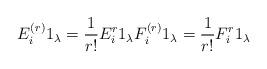
LaTeX: \begin{align*}E^{(r)}_{i} 1_{\lambda} = \frac{1}{r!} E^{r}_i 1_{\lambda} F^{(r)}_{i} 1_{\lambda} = \frac{1}{r!} F^{r}_i 1_{\lambda}\end{align*}